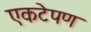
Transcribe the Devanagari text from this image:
एकटेपण